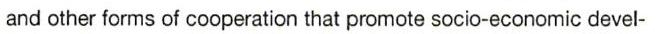
and other forms of cooperation that promote socio-economic devel-